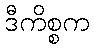
ဒီကိစ္စက